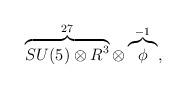
LaTeX: \begin{align*}\overbrace{SU(5) \otimes R^{3}}^{27} \otimes \overbrace{\phi}^{-1} ,\end{align*}